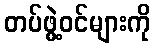
တပ်ဖွဲ့ဝင်များကို